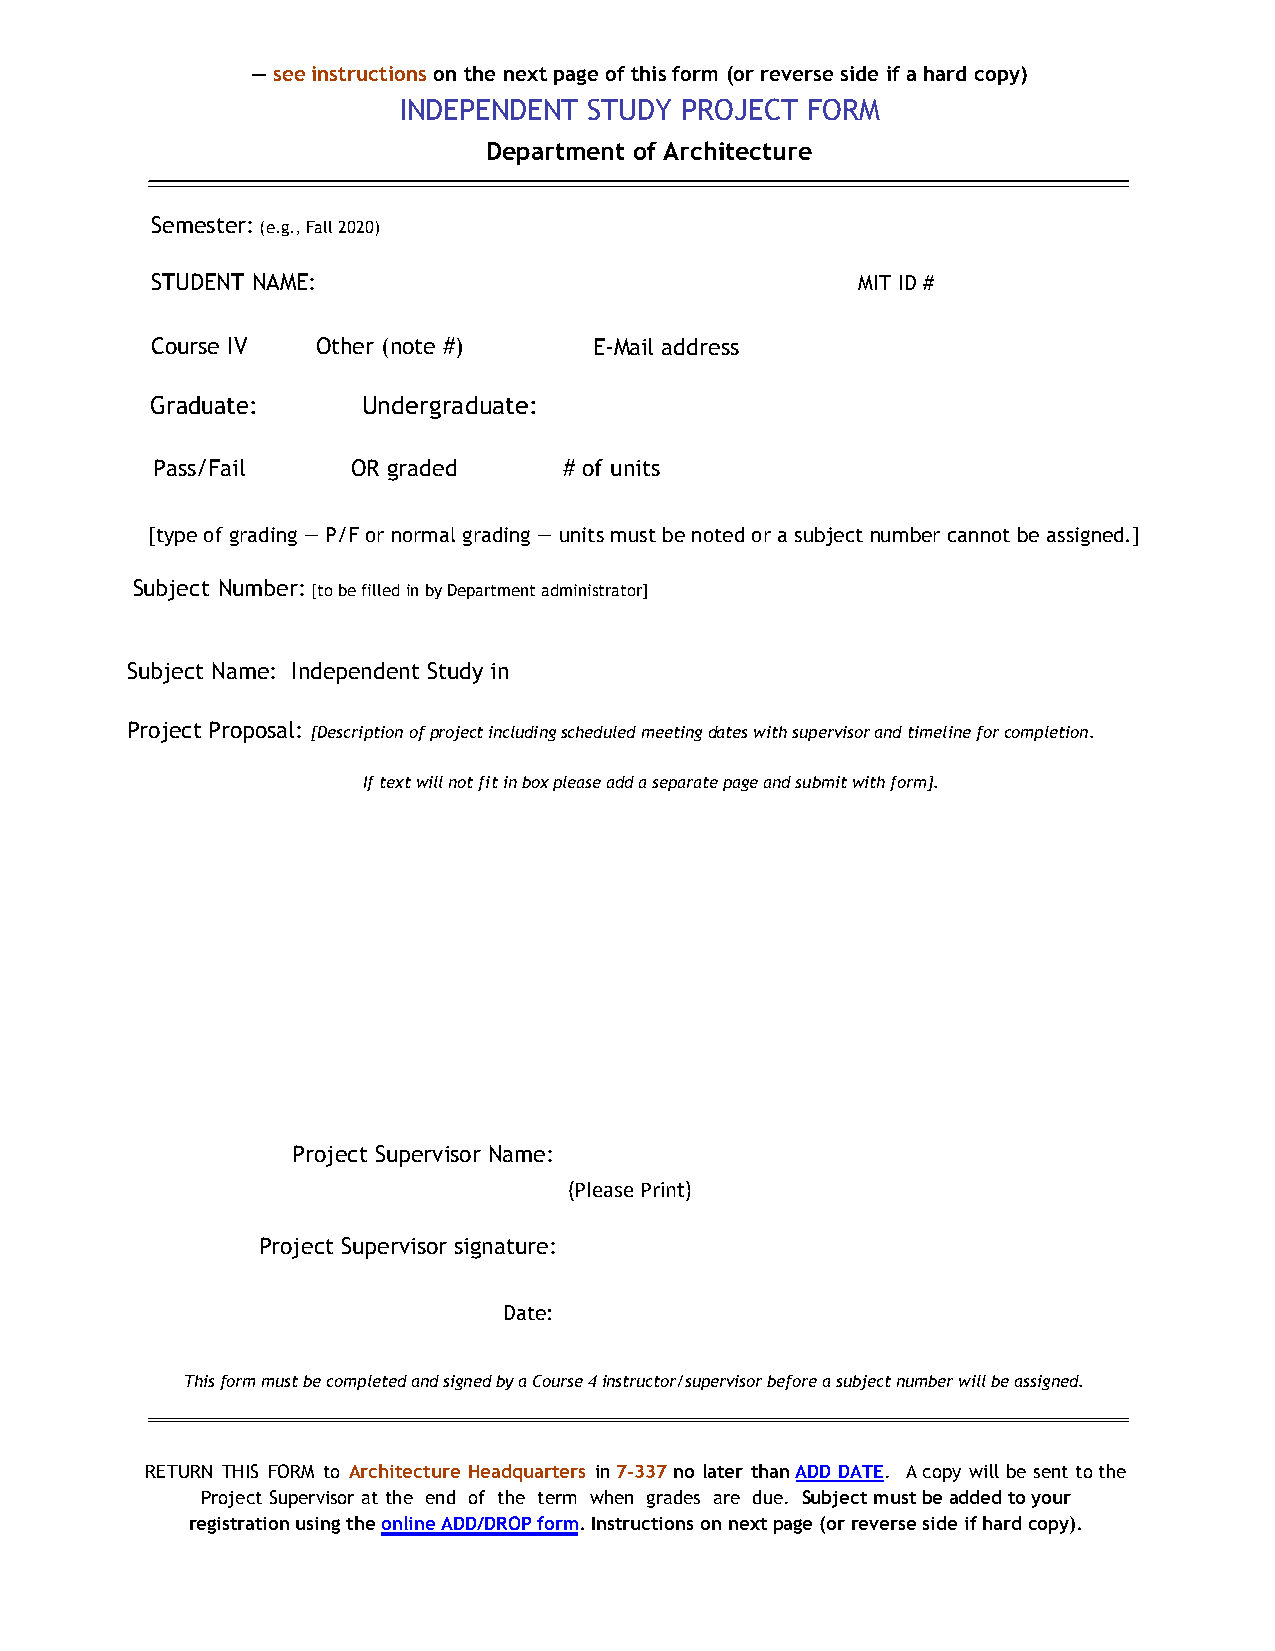
— see instructions on the next page of this form (or reverse side if a hard copy)
 INDEPENDENT  STUDY PROJECT FORM
 Department of Architecture
 Semester: (e.g., Fall 2020)
 STUDENT NAME:                                  MIT ID #
 Course IV  Other (note #)    E-Mail address
 Graduate:     Undergraduate:
 Pass/Fail    OR graded     # of units
 [type of grading — P/F or normal grading — units must be noted or a subject number cannot be assigned.]
 Subject Number: [to be filled in by Department administrator]
 Subject Name: Independent Study in
 Project Proposal: [Description of project including scheduled meeting dates with supervisor and timeline for completion.
 If text will not fit in box please add a separate page and submit with form].
 Project Supervisor Name:
 (Please Print)
 Project Supervisor signature:
 Date:
 This form must be completed and signed by a Course 4 instructor/supervisor before a subject number will be assigned.
 RETURN THIS FORM to Architecture Headquarters in 7-337 no later than ADD DATE. A copy will be sent to the
 Project Supervisor at the end of the term when grades are due. Subject must be added to your
 registration using the online ADD/DROP form. Instructions on next page (or reverse side if hard copy).